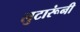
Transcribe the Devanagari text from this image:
लुटारूंनी